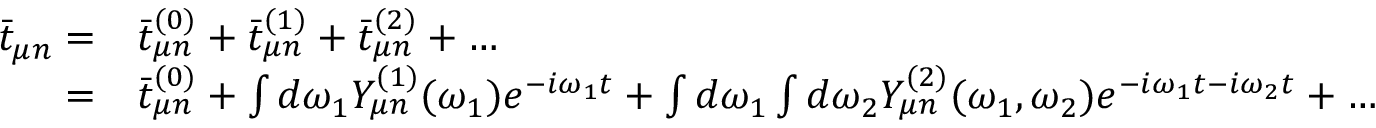
\begin{array} { r l } { \bar { t } _ { \mu n } = } & { \bar { t } _ { \mu n } ^ { ( 0 ) } + \bar { t } _ { \mu n } ^ { ( 1 ) } + \bar { t } _ { \mu n } ^ { ( 2 ) } + \dots } \\ { = } & { \bar { t } _ { \mu n } ^ { ( 0 ) } + \int d \omega _ { 1 } Y _ { \mu n } ^ { ( 1 ) } ( \omega _ { 1 } ) e ^ { - i \omega _ { 1 } t } + \int d \omega _ { 1 } \int d \omega _ { 2 } Y _ { \mu n } ^ { ( 2 ) } ( \omega _ { 1 } , \omega _ { 2 } ) e ^ { - i \omega _ { 1 } t - i \omega _ { 2 } t } + \dots } \end{array}